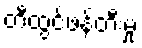
တီထွင်ဖန်တီးမှု